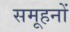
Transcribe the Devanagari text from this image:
समूहनों